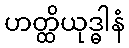
ဟတ္ထိယုဒ္ဓါနံ